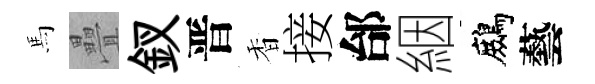
馬疊釵晋香接邰絪鷓藝